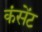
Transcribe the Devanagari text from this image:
कंसेंट